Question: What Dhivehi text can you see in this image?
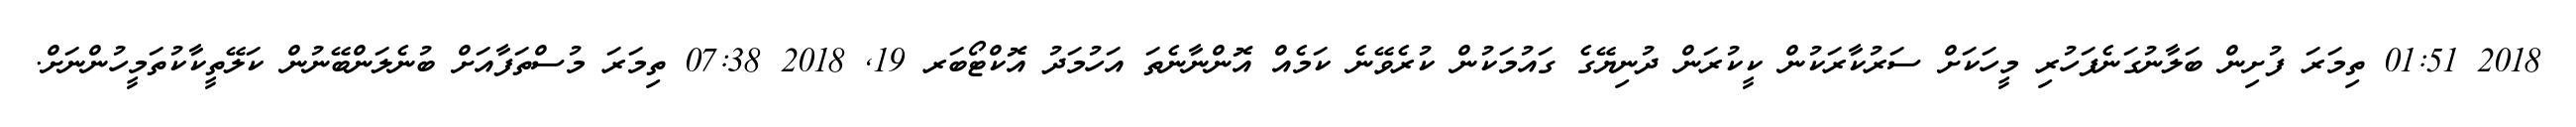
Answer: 2018 01:51 ތިމަރަ ފުށިން ބަލާނުގަނެފަހުރި މީހަކަށް ސަރުކާރަކުން ކީކުރަން ދުނިޔޭގެ ގައުމަކުން ކުރެވޭނެ ކަމެއް އޮންނާނެތަ އަހުމަދު އޮކްޓޯބަރ 19, 2018 07:38 ތިމަރަ މުސްތަފާއަށް ބުނެލަންބޭނުން ކަލޭތީކާކުތަމީހުންނަށް.